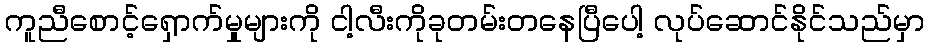
ကူညီစောင့်ရှောက်မှုများကို ငါ့လီးကိုခုတမ်းတနေပြီပေါ့ လုပ်ဆောင်နိုင်သည်မှာ